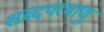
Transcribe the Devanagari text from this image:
शब्दपरमाणु